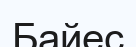
Байес